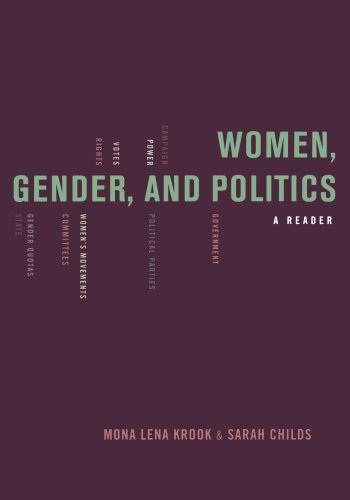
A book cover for Women, Gender, and Politics: A Reader; Gay & Lesbian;